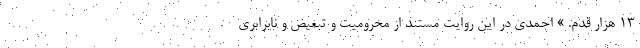
13 هزار قدم. » احمدي در اين روايت مستند از محروميت و تبعيض و نابرابري